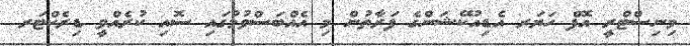
މިނިސްޓްރީ އޮފް ހަޔަރ އެޑިއުކޭޝަންގެ ފަރާތުން މި އެއްބަސްވުމުގައި ސޮއި ކުރެއްވީ ޑިރެކްޓަރ